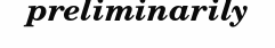
preliminarily